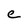
Character: e